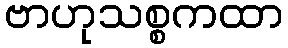
ဗာဟုသစ္စကထာ